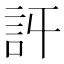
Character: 𧥪